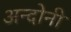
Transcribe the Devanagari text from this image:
अन्दोनी